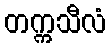
တက္ကသီလံ